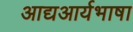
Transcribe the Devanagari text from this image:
आद्यआर्यभाषा